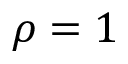
\rho = 1